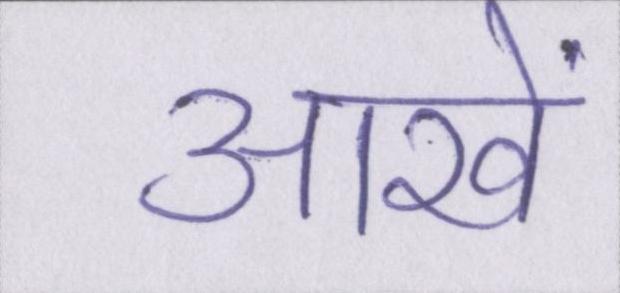
आखें